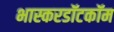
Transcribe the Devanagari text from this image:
भास्करडॉटकॉम